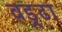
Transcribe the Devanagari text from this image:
वड्र्ढा